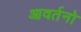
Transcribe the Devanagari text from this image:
आवर्तनो